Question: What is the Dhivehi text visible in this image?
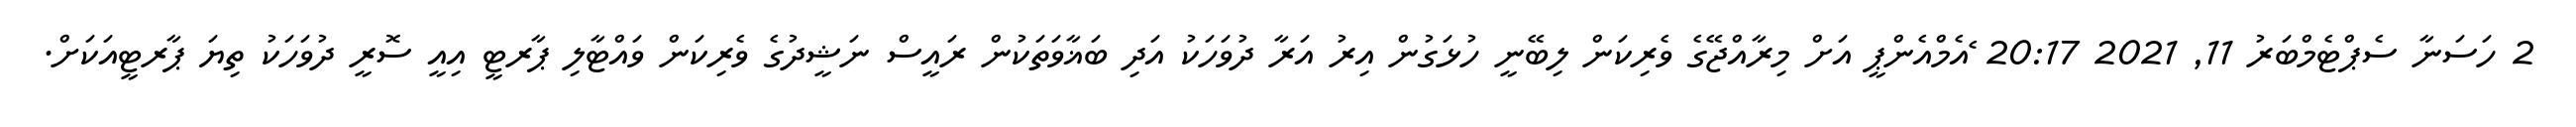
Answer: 2 ހަސަނާ ސެޕްޓެމްބަރު 11, 2021 20:17 ެއެމްއެންޕީ އަށް މިރާއްޖޭގެ ވެރިކަން ލިބޭނީ ހުޅަގުން އިރު އަރާ ދުވަހަކު އަދި ބަޣާވަތަކުން ރައީސް ނަޝީދުގެ ވެރިކަން ވައްޓާލި ޕާރޓީ އިއީ ސޮރީ ދުވަހަކު ތިޔަ ޕާރޓީއަކަށް.